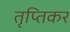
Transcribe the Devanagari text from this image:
तृप्तिकर